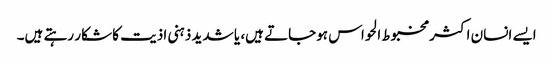
ایسے انسان اکثر مخبوط الحواس ہوجاتے ہیں، یا شدید ذہنی اذیت کا شکار رہتے ہیں۔